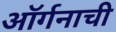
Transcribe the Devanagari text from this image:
ऑर्गनाची